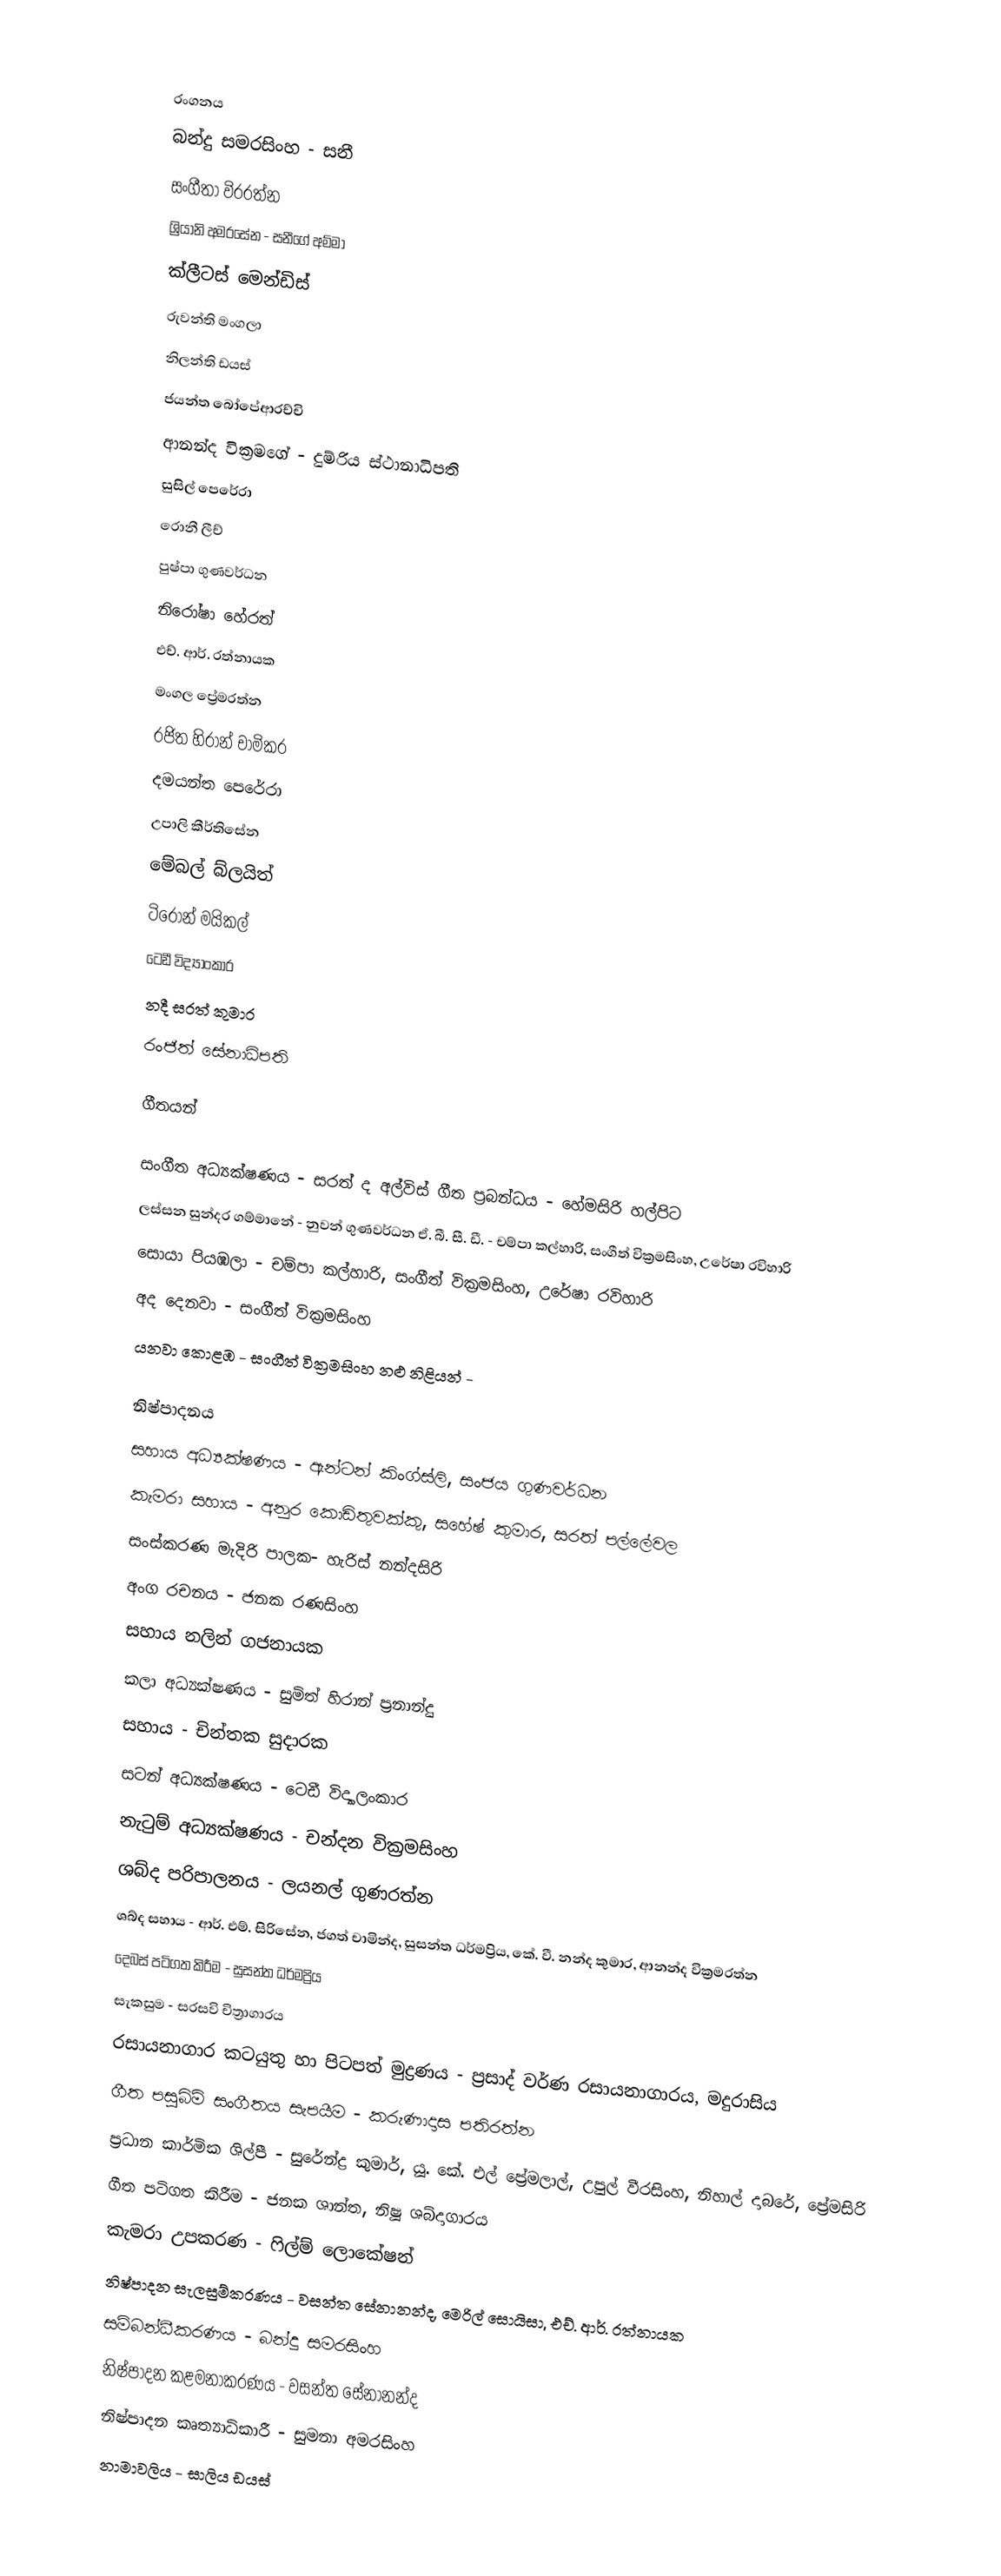

රංගනය
බන්දු සමරසිංහ - සනී
සංගීතා විරරත්න
ශ්‍රියානි අමරසේන - සනීගේ අම්මා
ක්ලීටස් මෙන්ඩිස්
රුවන්ති මංගලා
නිලන්ති ඩයස්
ජයන්ත බෝපේආරච්චි
ආනන්ද වික්‍රමගේ - දුම්රිය ස්ථානාධිපති
සුසිල් පෙරේරා
රොනී ලීච්
පුෂ්පා ගුණවර්ධන
නිරෝෂා හේරත්
එච්. ආර්. රත්නායක
මංගල ප්‍රේමරත්න
රජිත හිරාන් චාමිකර
දමයන්ත පෙරේරා
උපාලි කීර්තිසේන
මේබල් බ්ලයිත්
ටිරෝන් මයිකල්
ටෙඩී විද්‍යාංකාර
නදී සරත් කුමාර
රංජිත් සේනාධිපති

ගීතයන්

සංගීත අධ්‍යක්ෂණය - සරත් ද අල්විස් ගීත ප්‍රබන්ධය - හේමසිරි හල්පිට
ලස්සන සුන්දර ගම්මානේ - නුවන් ගුණවර්ධන ඒ. බී. සී. ඩී. - චම්පා කල්හාරි, සංගීත් වික්‍රමසිංහ, උරේෂා රවිහාරි
සොයා පියඹලා - චම්පා කල්හාරි, සංගීත් වික්‍රමසිංහ, උරේෂා රවිහාරි
අද දෙනවා - සංගීත් වික්‍රමසිංහ
යනවා කොළඹ - සංගීත් වික්‍රමසිංහ නළු නිළියන් -

නිෂ්පාදනය
සහාය අධ්‍යක්ෂණය - ඇන්ටන් කිංග්ස්ලි, සංජය ගුණවර්ධන
කැමරා සහාය - අනුර කොඩිතුවක්කු, සහේෂ් කුමාර, සරත් පල්ලේවල
සංස්කරණ මැදිරි පාලක- හැරිස් නන්දසිරි
අංග රචනය - ජනක රණසිංහ
සහාය නලින් ගජනායක
කලා අධ්‍යක්ෂණය - සුමිත් හිරාන් ප්‍රනාන්දු
සහාය - චින්තක සුදාරක
සටන් අධ්‍යක්ෂණය - ටෙඩී විද්‍යාලංකාර
නැටුම් අධ්‍යක්ෂණය - චන්දන වික්‍රමසිංහ
ශබ්ද පරිපාලනය - ලයනල් ගුණරත්න
ශබ්ද සහාය - ආර්. එම්. සිරිසේන, ජගත් චාමින්ද, සුසන්ත ධර්මප්‍රිය, කේ. වී. නන්ද කුමාර, ආනන්ද වික්‍රමරත්න
දෙබස් පටිගත කිරීම - සුසන්ත ධර්මප්‍රිය
සැකසුම - සරසවි චිත්‍රාගාරය
රසායනාගාර කටයුතු හා පිටපත් මුද්‍රණය - ප්‍රසාද් වර්ණ රසායනාගාරය, මදුරාසිය
ගීත පසුබිම් සංගීතය සැපයීම - කරුණාදාස පතිරත්න
ප්‍රධාන කාර්මික ශිල්පී - සුරේන්ද්‍ර කුමාර්, යූ. කේ. එල් ප්‍රේමලාල්, උපුල් වීරසිංහ, නිහාල් දාබරේ, ප්‍රේමසිරි
ගීත පටිගත කිරීම - ජනක ශාන්ත, නිෂූ ශබ්දාගාරය
කැමරා උපකරණ - ෆිල්ම් ලොකේෂන්
නිෂ්පාදන සැලසුම්කරණය - වසන්ත සේනානන්ද, මෙරිල් සොයිසා, එච්. ආර්. රත්නායක
සම්බන්ධීකරණය - බන්දු සමරසිංහ
නිෂ්පාදන කළමනාකරණය - වසන්ත සේනානන්ද
නිෂ්පාදන කෘත්‍යාධිකාරී - සුමනා අමරසිංහ
නාමාවලිය - සාලිය ඩයස්